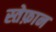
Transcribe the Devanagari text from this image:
स्तेफ़ान